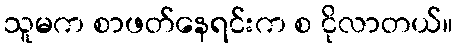
သူမက စာဖတ်နေရင်းက စ ငိုလာတယ်။